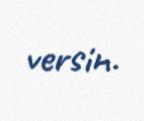
versin.